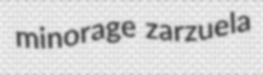
minorage zarzuela